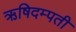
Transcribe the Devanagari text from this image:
ऋषिदम्पती